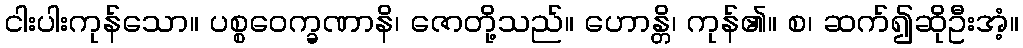
ငါးပါးကုန်သော။ ပစ္စဝေက္ခဏာနိ၊ ဇောတို့သည်။ ဟောန္တိ၊ ကုန်၏။ စ၊ ဆက်၍ဆိုဦးအံ့။